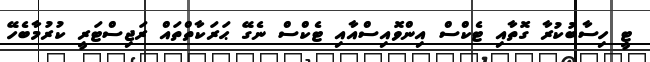
ޓީ ހިސާބުކުރާ ގޮތާއި ޓެކްސް އިންވޮއިސްއާއި ޓެކްސް ނެގޭ ޙަރަކާތްތައް ރަޖިސްޓަރީ ކުރުމާބެހޭ